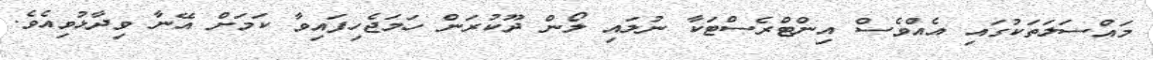
މައްސަލަތަކުގައި އެއްވެސް އިންޓްރެސްޓަކާ ނުލައި ލޯން ދޫކުރަން ހަމަޖެހިފައިވާ ކަމަށް އޭނާ ވިދާޅުވިއެވެ.